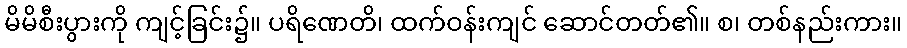
မိမိစီးပွားကို ကျင့်ခြင်း၌။ ပရိဏေတိ၊ ထက်ဝန်းကျင် ဆောင်တတ်၏။ စ၊ တစ်နည်းကား။